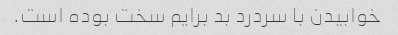
خوابیدن با سردرد بد برایم سخت بوده است.